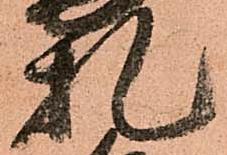
札